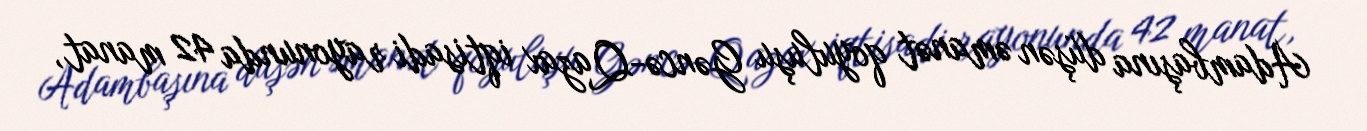
Adambaşına düşən əmanət qoyuluşu Gəncə-Qazax iqtisadi rayonunda 42 manat,